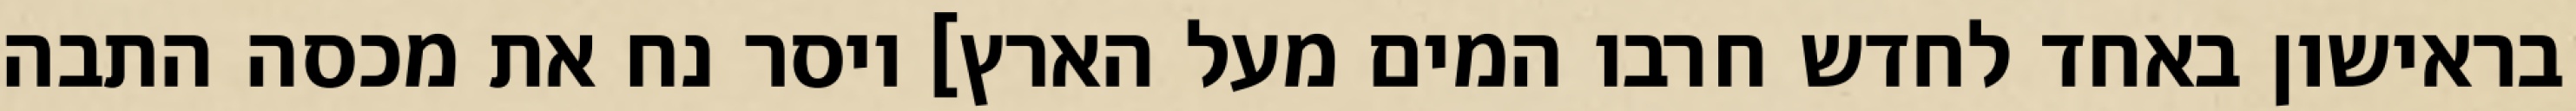
בראישון באחד לחדש חרבו המים מעל הארץ] ויסר נח את מכסה התבה